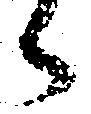
ら